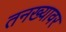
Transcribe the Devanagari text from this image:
तनख्यावर